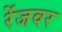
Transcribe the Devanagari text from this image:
रेंजवर